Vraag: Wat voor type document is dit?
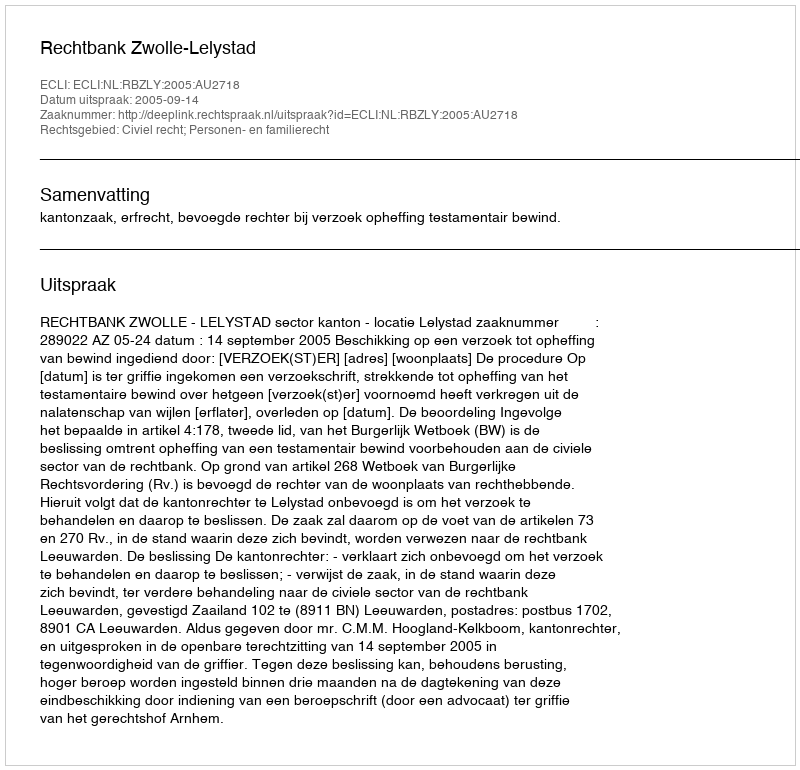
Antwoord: Uitspraak